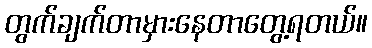
တွက်ချက်တာမှားနေတာတွေ့ရတယ်။